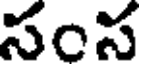
సంస